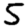
Digit: 5